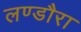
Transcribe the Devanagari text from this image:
लण्डौरा